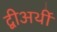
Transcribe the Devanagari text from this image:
द्वीअर्थी